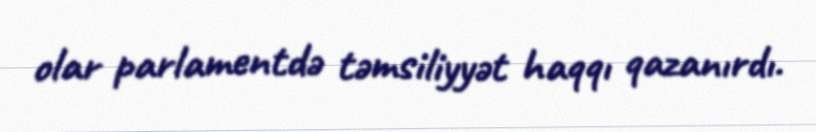
olar parlamentdə təmsiliyyət haqqı qazanırdı.